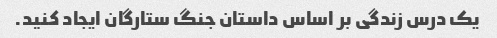
یک درس زندگی بر اساس داستان جنگ ستارگان ایجاد کنید.